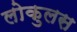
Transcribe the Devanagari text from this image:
लोकुलस